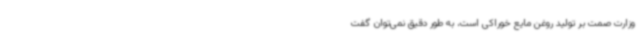
وزارت صمت بر تولید روغن مایع خوراکی است، به طور دقیق نمی‌توان گفت